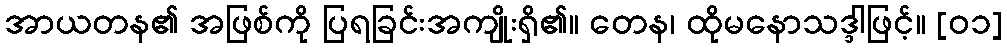
အာယတန၏ အဖြစ်ကို ပြရခြင်းအကျိုးရှိ၏။ တေန၊ ထိုမနောသဒ္ဒါဖြင့်။ [၀၁]